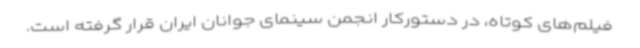
فیلم‌های کوتاه، در دستورکار انجمن سینمای جوانان ایران قرار گرفته است.